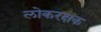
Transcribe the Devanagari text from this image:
लोकरक्षक